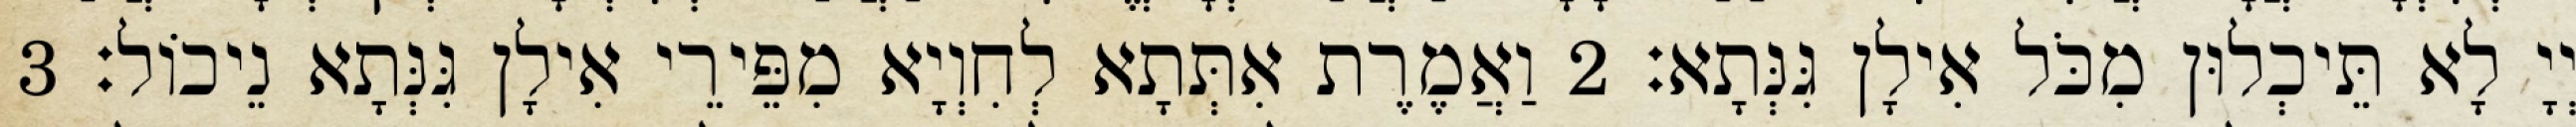
יְיָ לָא תֵּיכְלוּן מִכֹּל אִילָן גִּנְּתָא׃ 2 וַאֲמֶרֶת אִתְּתָא לְחִוְיָא מִפֵּירֵי אִילָן גִּנְּתָא נֵיכוֹל׃ 3